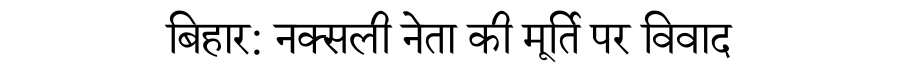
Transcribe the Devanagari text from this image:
बिहार: नक्सली नेता की मूर्ति पर विवाद